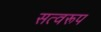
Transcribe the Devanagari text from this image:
सत्वरूप